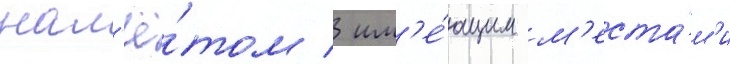
нал'ё́том / им'е́ющим м'еста́м'и